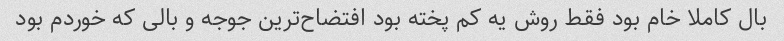
بال کاملا خام بود فقط روش یه کم پخته بود افتضاح‌ترین جوجه و بالی که خوردم بود